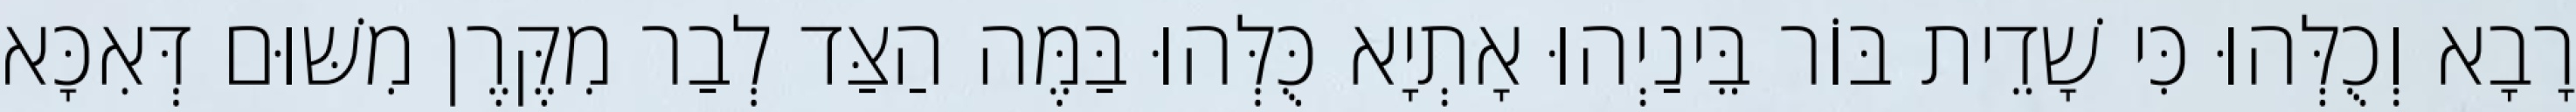
רָבָא וְכֻלְּהוּ כִּי שָׁדֵית בּוֹר בֵּינַיְהוּ אָתְיָא כֻּלְּהוּ בַּמֶּה הַצַּד לְבַר מִקֶּרֶן מִשּׁוּם דְּאִכָּא